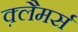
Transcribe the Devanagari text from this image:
क़्लैमर्स